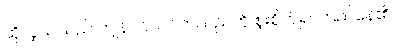
ထိုလူယ်သည် ကျန်ပင်သင်ကသည်ကို စူးစိုက်၍ ကြည်နေ၏။